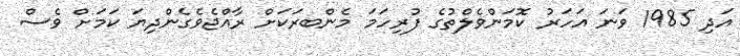
އަދި 1985 ވަނަ އަހަރު ކޮމަންވެލްތުގެ ފުރިހަމަ މެންބރަކަށް ރާއްޖެވެގެންދިޔަ ކަމަށް ވެސް